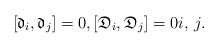
\begin{gather*}[\mathfrak{d}_i, \mathfrak{d}_j]=0, [\mathfrak{D}_i, \mathfrak{D}_j]=0 i,\, j.\end{gather*}